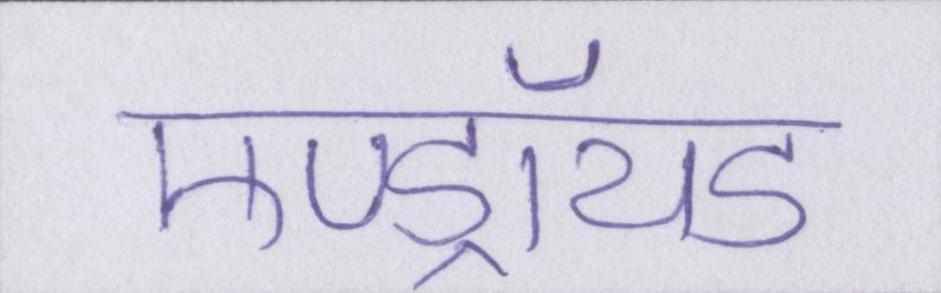
एण्ड्रॉयड